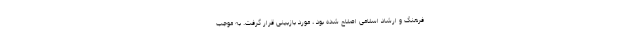
فرهنگ و ارشاد اسلامی اصلاح شده بود ، مورد بازبینی قرار گرفت. به موجب